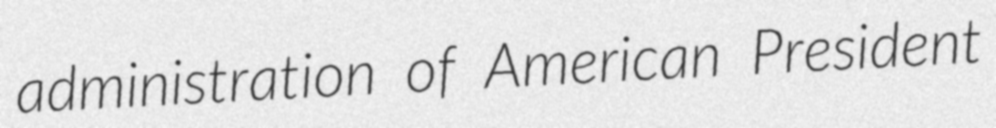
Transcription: administration of American President